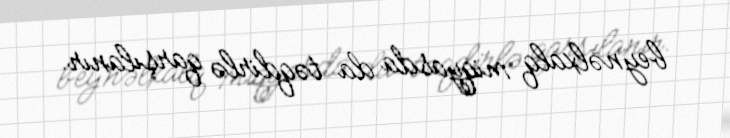
beynəlxalq miqyasda da təqdirlə qarşılanır.